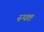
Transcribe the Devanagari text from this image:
स्‍पष्ट